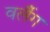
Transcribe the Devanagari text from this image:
वर्लैग